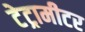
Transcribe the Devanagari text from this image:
टेट्रामीटर